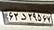
۶۳د۳۹۵۶۷